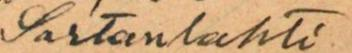
Sartanlahti